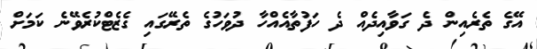
އޭގެ ތެރެއިން ދެ ގަވާއިދެއް ދެ ހަފުތާއެއްހާ ދުވަހުގެ ތެރޭގައި ގެޒެޓްކުރެވޭނެ ކަމަށް